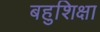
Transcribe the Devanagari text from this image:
बहुशिक्षा